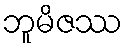
ဘူမိဇဿ